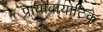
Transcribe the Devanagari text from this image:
प्रायोबायोटिक